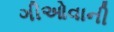
ગીઓવાની